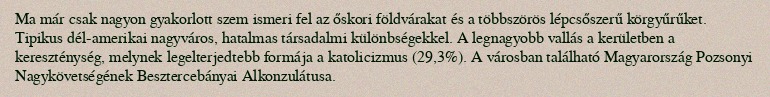
Ma már csak nagyon gyakorlott szem ismeri fel az őskori földvárakat és a többszörös lépcsőszerű körgyűrűket. Tipikus dél-amerikai nagyváros, hatalmas társadalmi különbségekkel. A legnagyobb vallás a kerületben a kereszténység, melynek legelterjedtebb formája a katolicizmus (29,3%). A városban található Magyarország Pozsonyi Nagykövetségének Besztercebányai Alkonzulátusa.